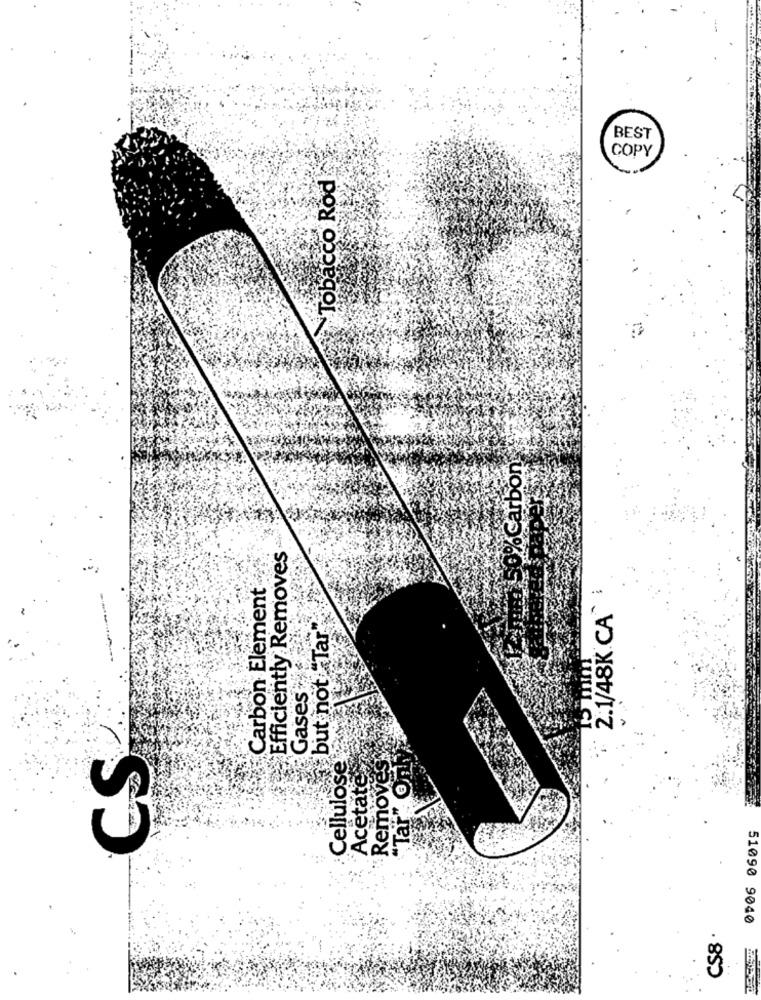
BEST
COPY
Tobacco Rod
50%Carbon
Efficiently Removes
Carbon Element
2.1/48K CA" i
but not "Tar
Gases
CS
Cellulose
Removes
"Tar" On
Acetate
51090 9040
CS8 .